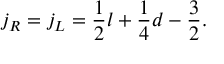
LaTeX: j _ { R } = j _ { L } = \frac { 1 } { 2 } l + \frac { 1 } { 4 } d - \frac { 3 } { 2 } .